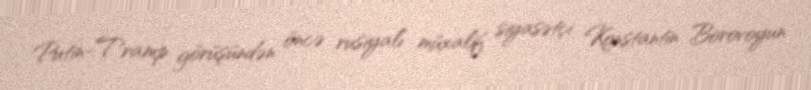
Putin-Tramp görüşündən öncə rusiyalı müxalif siyasətçi Konstantin Borovoyun